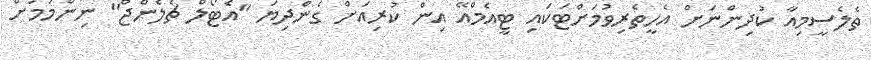
ތެލެސީމިއާ ކުދިންނަށް އެހީތެރިވުމަށްޓަކައި ޓީއެމްއޭ އިން ކުރިއަށް ގެންދިޔަ "އެޓޯލް ޗެލެންޖް" ނިންމުމަށް